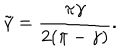
LaTeX: \tilde { \gamma } = \frac { \pi \gamma } { 2 ( \pi - \gamma ) } .